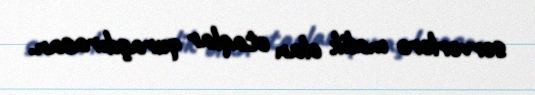
serverlərə malik olan otaqlar quraşdırasan.